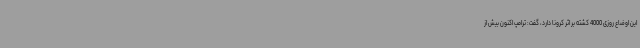
این اوضاع روزی 4000 کشته بر اثر کرونا دارد، گفت: ترامپ اکنون بیش از